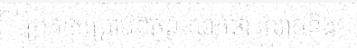
ប្រកាសប្រាប់ពិភពលោកថា លោកនឹង